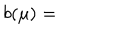
b ( \mu ) =